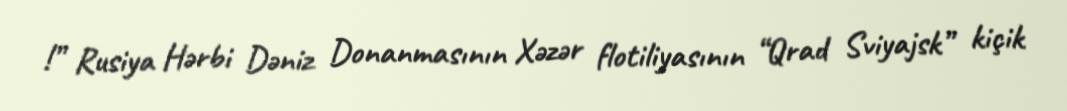
!” Rusiya Hərbi Dəniz Donanmasının Xəzər flotiliyasının “Qrad Sviyajsk” kiçik